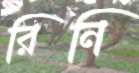
রিনি